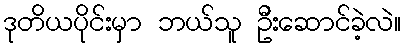
ဒုတိယပိုင်းမှာ ဘယ်သူ ဦးဆောင်ခဲ့လဲ။